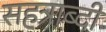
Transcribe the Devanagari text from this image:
सहत्राब्दी